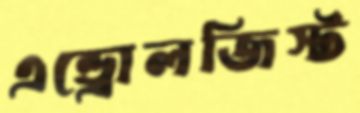
এন্ড্রোলজিস্ট